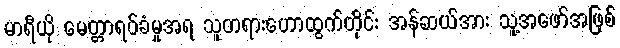
မာရီယို မေတ္တာရပ်ခံမှုအရ သူတရားဟောထွက်တိုင်း အန်ဆယ်အား သူ့အဖော်အဖြစ်